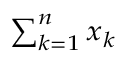
\scriptstyle \sum _ { k = 1 } ^ { n } x _ { k }